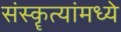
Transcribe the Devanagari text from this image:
संस्कॄत्यांमध्ये